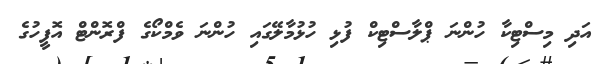
އަދި މިސްޓިކާ ހުންނަ ޕްލާސްޓިކް ފުޅި ހުޅުމާލޭގައި ހުންނަ ވެމްކޯގެ ފްރޮންޓް އޮފީހުގެ